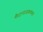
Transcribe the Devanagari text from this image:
मैदानाजवळच्या